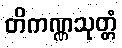
တိကဏ္ဏသုတ္တံ